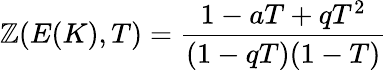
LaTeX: \mathbb{Z}(E(K),T)={\frac{{1-aT+qT^{2}}}{{(1-qT)(1-T)}}}